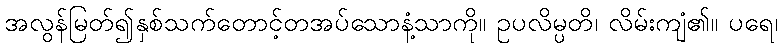
အလွန်မြတ်၍နှစ်သက်တောင့်တအပ်သောနံ့သာကို။ ဥပလိမ္ပတိ၊ လိမ်းကျံ၏။ ပရေ၊